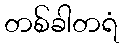
တစ်ခါတရံ